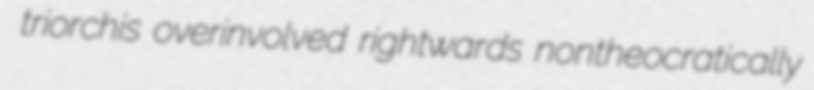
triorchis overinvolved rightwards nontheocratically